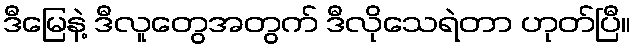
ဒီမြေနဲ့ ဒီလူတွေအတွက် ဒီလိုသေရဲတာ ဟုတ်ပြီ။